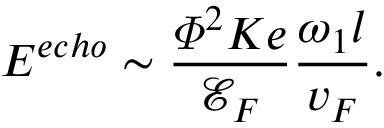
E ^ { e c h o } \sim \frac { \varPhi ^ { 2 } K e } { \mathscr { E } _ { F } } \frac { \omega _ { 1 } l } { v _ { F } } .